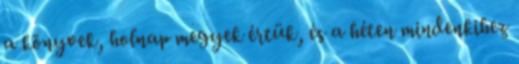
a könyvek, holnap megyek értük, és a héten mindenkihez